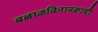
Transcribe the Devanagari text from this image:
बल्लाळविनायकाची